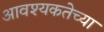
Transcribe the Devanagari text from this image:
आवश्यकतेच्या